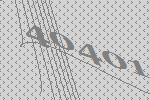
40401